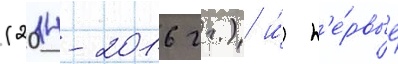
(2014-2016 гг.) и́ п'е́рвые